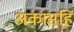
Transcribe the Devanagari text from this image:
अकासहिं